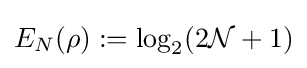
E_{N}(\rho ):=\log _{2}(2{\mathcal {N}}+1)